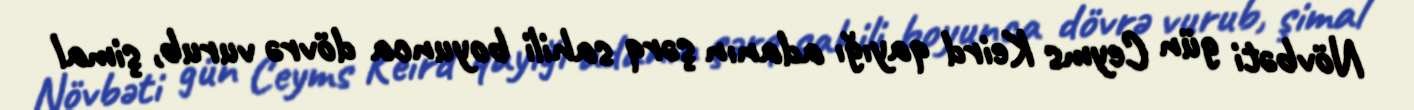
Növbəti gün Ceyms Keird qayığı adanın şərq sahili boyunca dövrə vurub, şimal